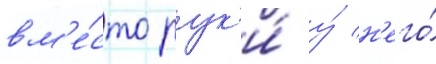
вм'е́сто рук'и́ у́ н'его́